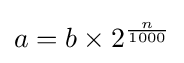
a=b\times 2^{\frac {n}{1000}}